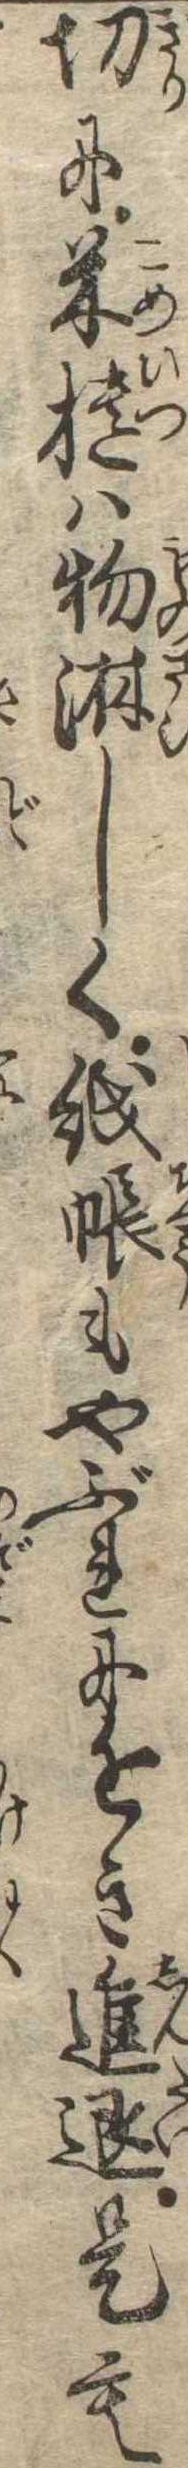
切に米櫃は物淋しく紙帳もやぶれに近き進退是も